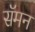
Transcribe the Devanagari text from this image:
सॅमन